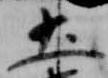
土